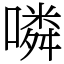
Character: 噒